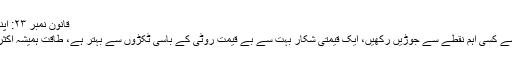
قانون نمبر ۲۳: اپنی طاقت کو وسیع کرنے کے بجائے اسے مرکزیت دیں
اپنی طاقت کو بچائے رکھنے کا طریقہ یہ ہے کہ آپ اسے کسی اہم نقطے سے جوڑیں رکھیں، ایک قیمتی شکار بہت سے بے قیمت روٹی کے باسی ٹکڑوں سے بہتر ہے، طاقت ہمیشہ اکثريت سے ، اور کثافت ہمیشہ پھیلاؤ سے جیت جاتی ہے۔